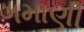
ગમાણી